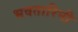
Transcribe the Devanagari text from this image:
भवतारिनी